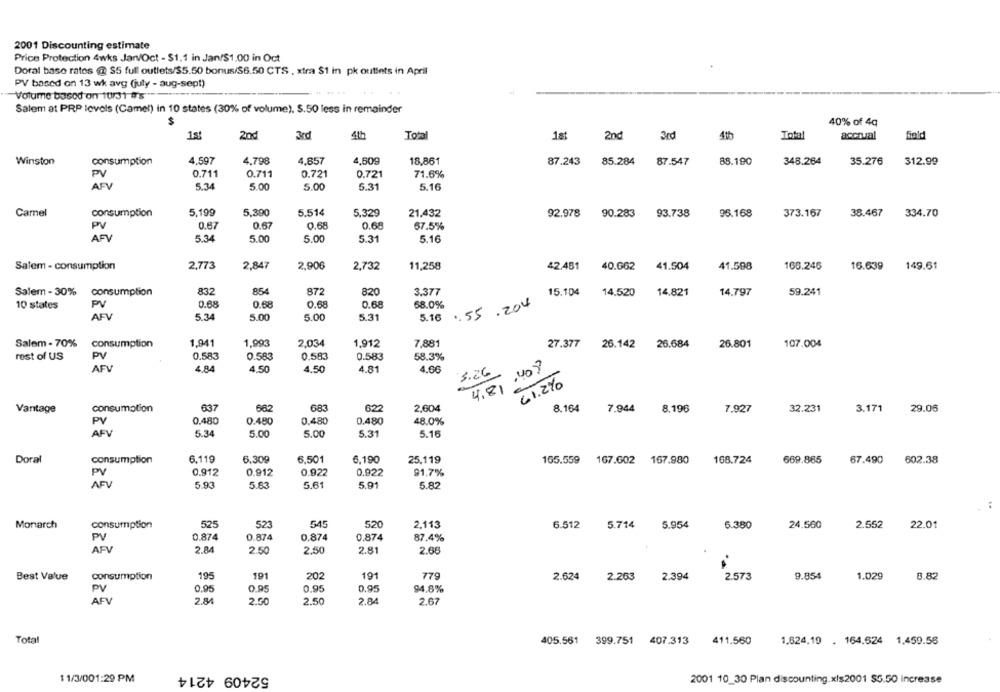
2001 Discounting estimate
Price Protection 4wks Jan/Oct - $1.1 in Jan/$1.00 in Oct
Doral base rates @ $5 full outlets/$5.50 bonus/$6.50 CTS , xtra $1 in pk outlets in April
PV based on 13 wk avg (july - aug-sept)
Volume based on 10/31 #8
Salem at PRP levels (Camel) in 10 states (30% of volume). S.50 less in remainder
$
40% of 4q
1st
2nd
3rd
4th
Total
1st
2nd
3rd
4th
Total
accrual
field
Winston
consumption
4.597
4,798
4.857
4,609
18.861
87.243
85.284
87.547
88.190
348.264
35.276
312.99
0.711
0.711
0.721
PV
0.721
71.6%
AFV
5.34
5.00
5.00
5.31
5.16
Camel
consumption
5,199
5,390
5.514
5.329
21,432
92.978
90.283
93.738
96.168
373.167
38.467
334.70
PV
0.67
0.67
0.68
0.68
57.5%
AFV
5.34
5.00
5.00
5.31
5.16
Salem - consumption
2,773
2,847
2.906
2,732
11,258
42.481
40.662
41.504
41.598
166.245
16.639
149.61
Salem - 30%
consumption
832
854
872
820
15.104
3.377
14.520
14.821
14.797
59.241
10 states
P
0.68
0.68
0.68
0.68
58.0%
.55 .204
AFV
5.34
5.00
5.00
5.31
5.16
Salem - 70%
consumption
1,941
1,993
2.034
1.912
7,881
27.377
26.142
26.684
26.801
107.004
rest of US
PV
0.583
0.583
0.583
0.583
58.3%
AFV
4.84
4.50
4.50
4.81
4.66
3.26
61.2%
4,81
consumption
037
683
622
2,604
8.164
7.944
8.196
32.231
3.171
29.06
Vantage
7.927
PV
0.480
0.480
0.480
0.480
48.0%
AFV
5.34
5.00
5.00
5.31
5.16
Doral
consumption
6.119
6,309
6,501
6.190
25,119
165.559
167.602
167.980
168.724
669.865
67.490
602.38
0.912
0.922
PV
0.912
0.922
91.7%
AFV
5.93
5.63
5.61
5.91
5.82
Monarch
consumption
525
523
545
520
2.113
6.512
5.714
5.954
6.380
24.560
2.552
22.01
PV
0.874
0.874
0.874
0.874
87.4%
AFV
2.84
2.50
2.50
2.81
2.68
consumption
195
191
202
191
Best Value
779
2.624
2.263
2.394
2.573
9.854
1.029
8.82
PV
0.95
0.95
0.95
0.95
94.8%
AFV
2.84
2.50
2.50
2.84
2.67
Total
405.561
399.751 407.313
411.560
1.624,19 . 164.624 1.459.56
52409 4214
1 1/3/001:29 PM
2001 10_30 Plan discounting.xls2001 $5.50 increase